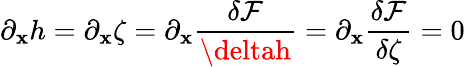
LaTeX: \partial_{\mathbf{x}}h=\partial_{\mathbf{x}}\zeta=\partial_{\mathbf{x}}\frac{{\delta\mathcal{{F}}}}{{\deltah}}=\partial_{\mathbf{x}}\frac{{\delta\mathcal{{F}}}}{{\delta\zeta}}=0